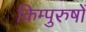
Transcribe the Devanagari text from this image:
किम्पुरुषों